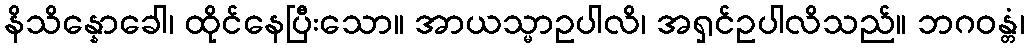
နိသိန္နောခေါ၊ ထိုင်နေပြီးသော။ အာယသ္မာဥပါလိ၊ အရှင်ဥပါလိသည်။ ဘဂဝန္တံ၊